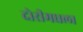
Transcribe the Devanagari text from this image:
दोरीमधला